Problem: 6 × 2 = ?
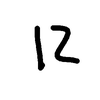
Handwritten answer: 12